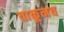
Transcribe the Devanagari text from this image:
वाकूनच